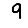
Digit: 9